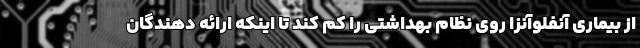
از بیماری آنفلوآنزا روی نظام بهداشتی را کم کند تا اینکه ارائه دهندگان